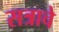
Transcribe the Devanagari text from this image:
सत्राचे